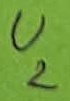
Text: U2